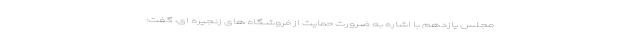
مجلس یازدهم با اشاره به ضرورت حمایت از فروشگاه های زنجیره ای، گفت: